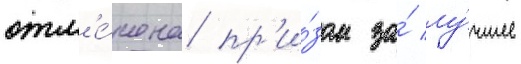
отм'е́чена пр'и́зом за́ лу́чшее